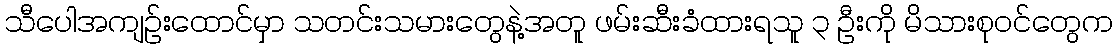
သီပေါအကျဉ်းထောင်မှာ သတင်းသမားတွေနဲ့အတူ ဖမ်းဆီးခံထားရသူ ၃ ဦးကို မိသားစုဝင်တွေက